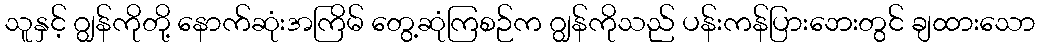
သူနှင့် ဂျွန်ကိုတို့ နောက်ဆုံးအကြိမ် တွေ့ဆုံကြစဉ်က ဂျွန်ကိုသည် ပန်းကန်ပြားဘေးတွင် ချထားသော